Medical and sanitary report on the native army of Bombay for the year
Year: 1878
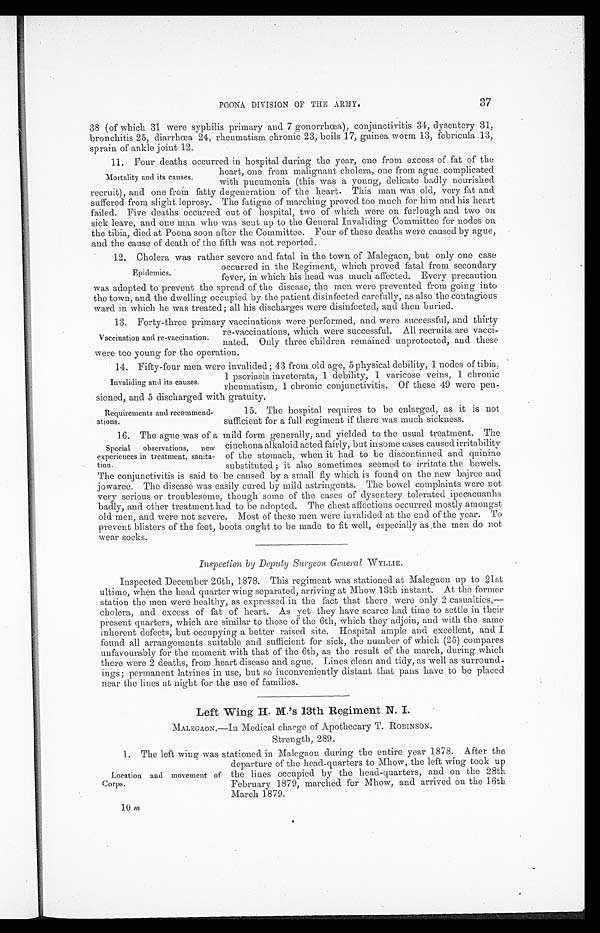
37
POONA DIVISION OF THE ARMY.
38 (of which 31 were syphilis primary and 7 gonorrhœa), conjunctivitis 34, dysentery 31,
bronchitis 25, diarrhœa 24, rheumatism chronic 23, boils 17, guinea worm 13, febricula 13,
sprain of ankle joint 12.
11.
Four deaths occurred in hospital during the year, one from excess of fat of the
heart, one from malignant cholera, one from ague complicated
with pneumonia (this was a young, delicate badly nourished
recruit), and one from fatty degeneration of the heart. This man was old, very fat and
suffered from slight leprosy. The fatigue of marching proved too much for him and his heart
failed. Five deaths occurred out of hospital, two of which were on furlough and two on
sick leave, and one man who was sent up to the General Invaliding Committee for nodes on
the tibia, died at Poona soon after the Committee. Four of these deaths were caused by ague,
and the cause of death of the fifth was not reported.
12.
Cholera was rather severe and fatal in the town of Malegaon, but only one case
Mortality and its causes.
Epidemics.
occurred in the Regiment, which proved fatal from secondary
fever, in which his head was much affected. Every precaution
was adopted to prevent the spread of the disease, the men were prevented from going into
the town, and the dwelling occupied by the patient disinfected carefully, as also the contagious
ward in which he was treated; all his discharges were disinfected, and then buried.
13.
Forty-three primary vaccinations were performed, and were successful, and thirty
re-vaccinations, which were successful. All recruits are vacci-
nated. Only three children remained unprotected, and these
were too young for the operation.
14.
Fifty-four men were invalided ; 43 from old age, 5 physical debility, 1 nodes of tibia,
1 psoriasis inveterata, 1 debility, 1 varicose veins, 1 chronic
rheumatism, 1 chronic conjunctivitis. Of these 49 were pen-
sioned, and 5 discharged with gratuity.
Vaccination and re-vaccination.
Invaliding and its causes.
Requirements and recommend-
ations.
15. The hospital requires to be enlarged, as it is not
sufficient for a full regiment if there was much sickness.
16. The ague was of a mild form generally, and yielded to the usual treatment. The
Special observations, new
experiences in treatment, sanita-
tion.
cinchona alkaloid acted fairly, but in some cases caused irritability
of the stomach, when it had to be discontinued and quinine
subst i t ut ed ; i t al so somet i mes seemed t o i r r i t at e t he bowel s.
The conjunctivitis is said to be caused by a small fly which is found on the new bajree and
jowaree. The disease was easily cured by mild astringents. The bowel complaints were not
very serious or troublesome, though some of the cases of dysentery tolerated ipecacuanha
badly, and other treatment had to be adopted. The chest affections occurred mostly amongst
old men, and were not severe. Most of these men were invalided at the end of the year. To
prevent blisters of the feet, boots ought to be made to fit well, especially as the men do not
wear socks.
Inspection by Deputy 'Surgeon General WYLLIE.
Inspected December 26th, 1878. This regiment was stationed at Malegaon up to 21st
ultimo, when the head quarter wing separated, arriving at Mhow 13th instant. At the former
station the men were healthy, as expressed in the fact that there were only 2 casualties,—
cholera, and excess of fat of heart. As yet they have scarce had time to settle in their
present quarters, which are similar to those of the 6th, which they adjoin, and with the same
inherent defects, but occupying a better raised site. Hospital ample and excellent, and I
found all arrangements suitable and sufficient for sick, the number of' which (25) compares
unfavourably for the moment with that of the 6th, as the result of the march, during which
there were 2 deaths, from heart disease and ague. Lines clean and tidy, as well as surround-
ings; permanent latrines in use, but so inconveniently distant that pans have to be placed
near the lines at night for the use of families.
Left Wing H. M.'s 13th Regiment N. I.
MALEGAON.—In Medical charge of Apothecary T. ROBINSON.
Strength, 289.
1. The left wing was stationed in Malegaon during the entire year 1878. After the
Location and movement of
Corps.
departure of the head-quarters to Mhow, the left wing took up
the lines occupied by the head-quarters, and on the 28th
February 1879, marched for Mhow, and arrived on the 16th
March 1879.
1 0
m